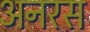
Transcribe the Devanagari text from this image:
अनरस